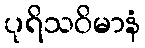
ပုရိသဝိမာနံ